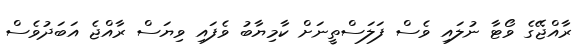
ރާއްޖޭގެ ވޯޓާ ނުލައި ވެސް ފަލަސްތީނަށް ކާމިޔާބު ވެފައި ވިޔަސް ރާއްޖެ އަބަދުވެސް